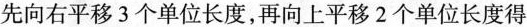
先向右平移3个单位长度，再向上平移2个单位长度得